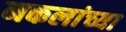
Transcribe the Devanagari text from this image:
नकलांच्या